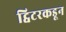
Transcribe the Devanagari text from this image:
ट्विटरकडून